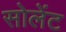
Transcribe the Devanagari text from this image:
सोलेंट